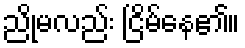
ညိုမလည်း ငြိမ်နေ၏။